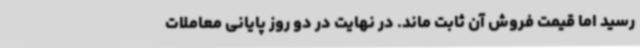
رسید اما قیمت فروش آن ثابت ماند. در نهایت در دو روز پایانی معاملات